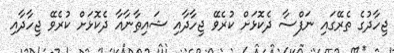
ޖިހާދުގެ ތެރޭގައި ނަފްސާ ދެކޮޅަށް ކުރެވޭ ޖިހާދާއި ޝައިޠާނާއާ ދެކޮޅަށް ކުރެވޭ ޖިހާދާއި